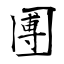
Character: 圑